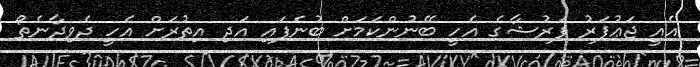
އެއީ ޖަޢުފަރު ފަރުޝާގެ އެހީ ބޭނުންކަމަށް ބުނެފައި އަދި އިތުރަށް އެހީ ދެވިދާނެތޯ